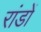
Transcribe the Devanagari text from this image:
रांडों